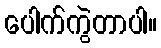
ပေါက်ကွဲတာပါ။